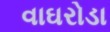
વાઘરોડા